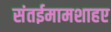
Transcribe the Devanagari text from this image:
संतईमामशाहए